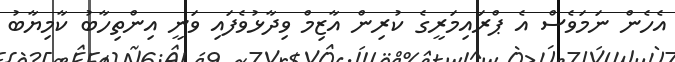
އެހެން ނަމަވެސް އެ ޕްރައިމަރީގެ ކުރިން އާޒިމް ވިދާޅުވެފައި ވަނީ އިންތިހާބު ކާމިޔާބު